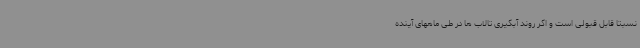
نسبتا قابل قبولی است و اگر روند آبگیری تالاب ها در طی ماههای آینده